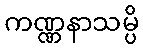
ကဏ္ဏနာသမ္ပိ